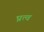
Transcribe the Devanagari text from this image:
घ्नत्व